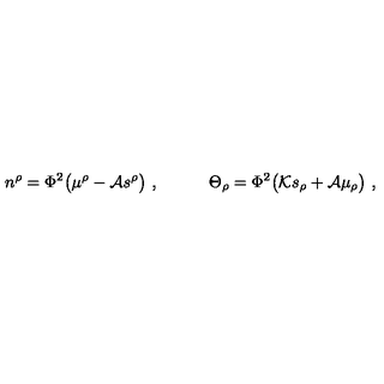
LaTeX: n ^ { \rho } = \Phi ^ { 2 } \big ( \mu ^ { \rho } - { \cal A } s ^ { \rho } \big ) \ , \qquad \quad \Theta _ { \rho } = \Phi ^ { 2 } \big ( { \cal K } s _ { \rho } + { \cal A } \mu _ { \rho } \big ) \ ,